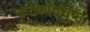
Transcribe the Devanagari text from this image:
कंटकांतरोया